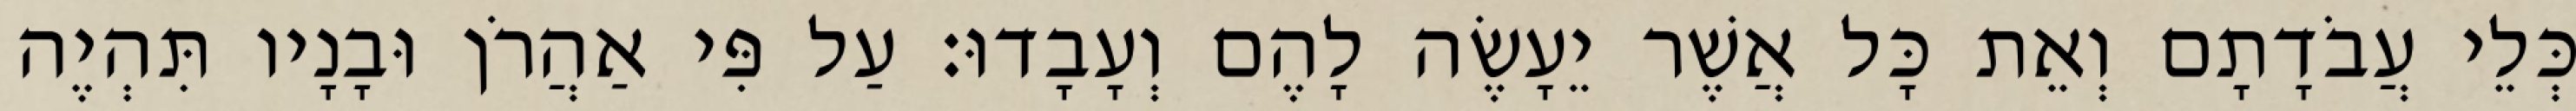
כְּלֵי עֲבֹדָתָם וְאֵת כָּל אֲשֶׁר יֵעָשֶׂה לָהֶם וְעָבָדוּ׃ עַל פִּי אַהֲרֹן וּבָנָיו תִּהְיֶה